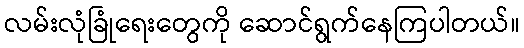
လမ်းလုံခြုံရေးတွေကို ဆောင်ရွက်နေကြပါတယ်။